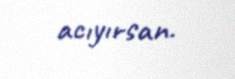
acıyırsan.